Lunatic asylums Central Provinces reports 1886-1894 - 1886-1894
Year: 1886
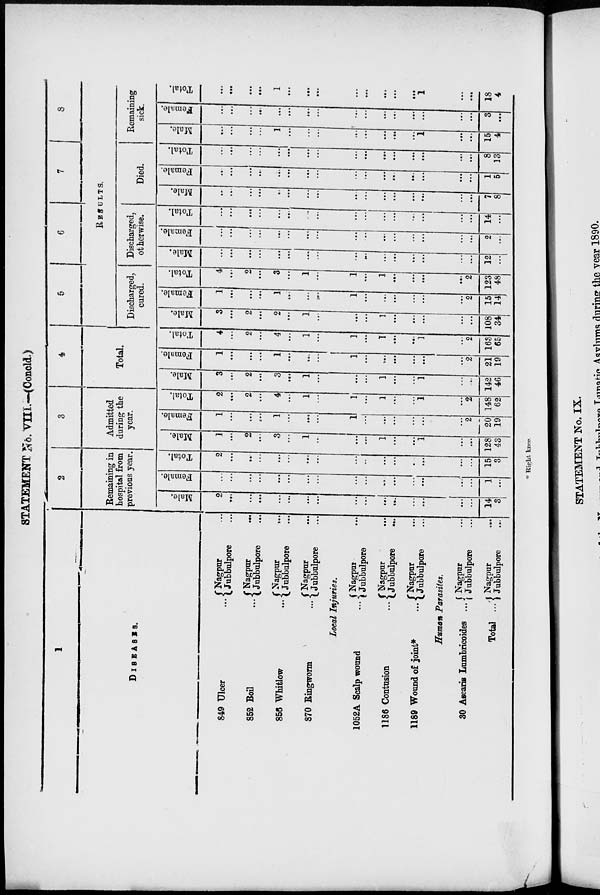
STATEMENT No. VIII.-(Concld.)
1
DISEASES.
849 Ulcer ...
852 Boil ...
856 Whitlow ...
870 Ringworm ...
Nagpur ...
Jubbulpore ...
Nagpur ...
Jubbulpore ...
Nagpur ...
Jubbulpore ...
Nagpur ...
Jubbulpore ...
Local Injuries.
1052A Scalp wound ...
1186 Contusion
...
1189 Wound of joint*
...
Nagpur ...
Jubbulpore ...
Nagpur ...
Jubbulpore
...
Nagpur ...
Jubbulpore ...
Human Parasites.
30 Ascaris Lumbricoides
...
Total ...
Nagpur ...
Jubbulpore ...
Nagpur ...
Jubbulpore ...
2
Remaining in
hospital from
previous year.
Male.
2
...
...
...
...
...
...
...
...
...
...
...
...
...
...
...
14
3
Female.
...
...
...
...
...
...
...
...
...
...
...
...
...
...
...
...
1
...
Total.
2
...
...
...
...
...
...
...
...
...
...
...
...
...
...
...
15
3
3
Admitted
during the
year.
Male.
1
...
2
...
3
...
1
...
...
...
1
...
...
1
...
...
128
43
Female.
1
...
...
...
1
...
...
...
1
...
...
...
...
...
...
2
20
19
Total.
2
...
2
...
4
...
1
...
1
...
1
...
...
1
...
2
148
62
4
Total.
Male.
3
...
2
...
3
...
1
...
...
...
1
...
...
1
...
...
142
46
Female.
1
...
...
...
1
...
...
...
1
...
...
...
...
...
...
2
21
19
Total.
4
...
2
...
4
...
1
...
1
...
1
...
...
1
...
2
163
65
5
6
7
8
RESULTS.
Discharged,
cured.
Male.
3
...
2
...
2
...
1
...
...
...
1
...
...
...
...
...
108
34
Female.
1
...
...
...
1
...
...
...
1
...
...
...
...
...
...
2
15
14
Total.
4
...
2
...
3
...
1
...
1
...
1
...
...
...
...
2
123
48
Discharged,
otherwise.
Male.
...
...
...
...
...
...
...
...
...
...
...
...
...
...
...
...
12
...
Female.
...
...
...
...
...
...
...
...
...
...
...
...
...
...
...
...
2
...
Total.
...
...
...
...
...
...
...
...
...
...
...
...
...
...
...
...
14
...
Died.
Male.
...
...
...
...
...
...
...
...
...
...
...
...
...
...
...
...
7
8
Female.
...
...
...
...
...
...
...
...
...
...
...
...
...
...
...
...
1
5
Total.
...
...
...
...
...
...
...
...
...
...
...
...
...
...
...
...
8
13
Remaining
sick.
Male.
...
...
...
...
1
...
...
...
...
...
...
...
...
1
...
...
15
4
Female.
...
...
...
...
...
...
...
...
...
...
...
...
...
...
...
...
3
...
Total.
...
...
...
...
1
...
...
...
...
...
...
...
...
1
...
...
18
4
* Right knee